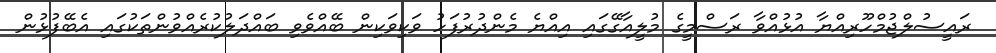
ރައީސުލްޖުމްހޫރިއްޔާ އުޅުއްވާ ރަސްމީގެ މުލީއާގޭގައި އިއްޔެ މެންދުރުފަހު ވަކިވަކިން ބޭއްވެވި ބައްދަލުކުރެއްވުންތަކުގައި އެބޭފުޅުން